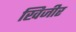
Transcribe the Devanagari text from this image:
खिजीर